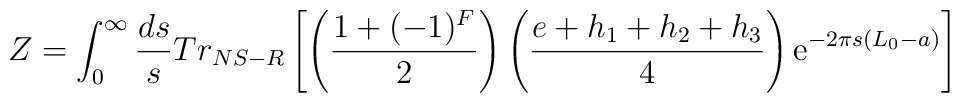
Z =  \int_{0}^{\infty} \frac{ds}{s} Tr_{NS-R} \left[\left(\frac{1 + (-1)^F}{2} \right) \left( \frac{e + h_1 +h_2 + h_3}{4}\right) {\rm e}^{-2 \pi s (L_0 -a)}  \right]